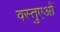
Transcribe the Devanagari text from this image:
वस्तुएओं